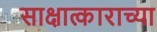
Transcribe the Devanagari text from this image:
साक्षात्काराच्या